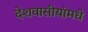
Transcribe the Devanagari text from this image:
देशवासीयांमधे